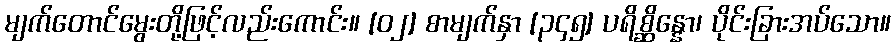
မျက်တောင်မွေးတို့ဖြင့်လည်းကောင်း။ [၀၂] စာမျက်နှာ [၃၄၅] ပရိစ္ဆိန္နော၊ ပိုင်းခြားအပ်သော။